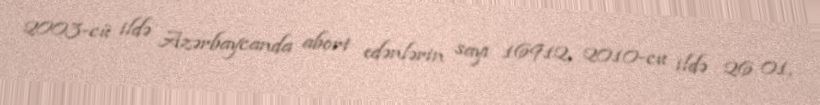
2003-cü ildə Azərbaycanda abort edənlərin sayı 16912, 2010-cu ildə 26 01,